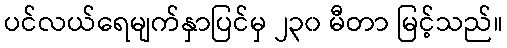
ပင်လယ်ရေမျက်နှာပြင်မှ ၂၃၀ မီတာ မြင့်သည်။